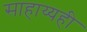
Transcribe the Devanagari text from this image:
साहाय्यही